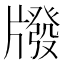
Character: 𤗳